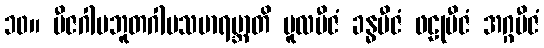
၁၀။ ဗီဇဂါမဘူတဂါမသမာရမ္ဘာတိ မူလဗီဇံ ခန္ဓဗီဇံ ဖဠုဗီဇံ အဂ္ဂဗီဇံ